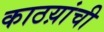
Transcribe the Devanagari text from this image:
काठय़ांची